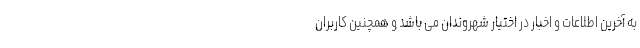
به آخرین اطلاعات و اخبار در اختیار شهروندان می باشد و همچنین کاربران